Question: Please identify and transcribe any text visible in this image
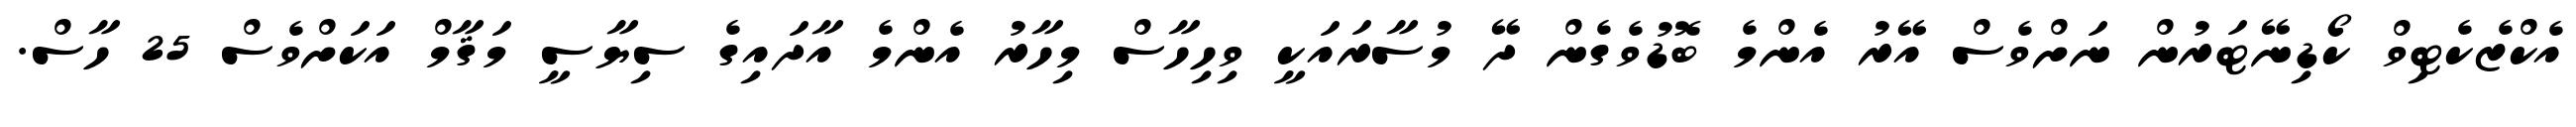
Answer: އެކްޒެކެޓިވް ކޯޑިނޭޓަރުން ނަށްވެސް އޭރު އެންމެ ބޮޑުވެގެން ދޭ މުސާރައަކީ ވިހިހާސް މިހާރު އެންމެ އާދައިގެ ސިޔާސީ މަޤާމް އަކަށްވެސް 25 ހާސް.